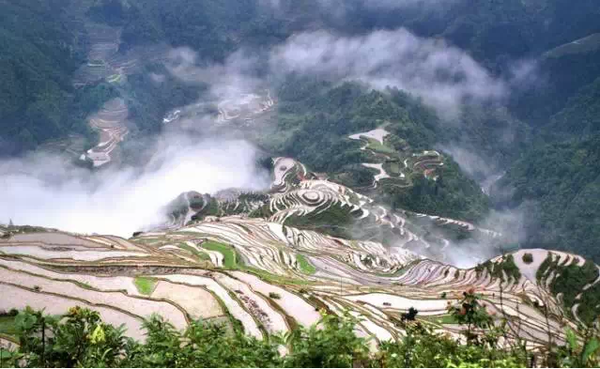
雨里鸡鸣一两家，竹溪村路板桥斜。